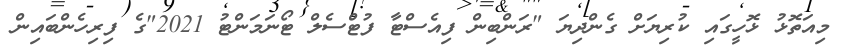
މިއަތޮޅު ޅޮހީގައި ކުރިޔަށް ގެންދިޔަ "ރަންބިން ފިއެސްޓާ ފުޓްސެލް ޓޯނަމަންޓު 2021"ގެ ފިރިހެންބައިން